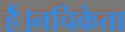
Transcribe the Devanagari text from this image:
हैं।नचिकेता